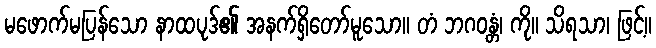
မဖောက်မပြန်သော နာထပုဒ်၏ အနက်ရှိတော်မူသော။ တံ ဘဂဝန္တံ၊ ကို။ သိရသာ၊ ဖြင့်။